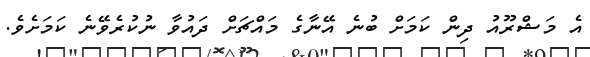
އެ މަޝްރޫއު ދިން ކަމަށް ބުނެ އޭނާގެ މައްޗަށް ދައުވާ ނުކުރެވޭނެ ކަމަށެވެ.